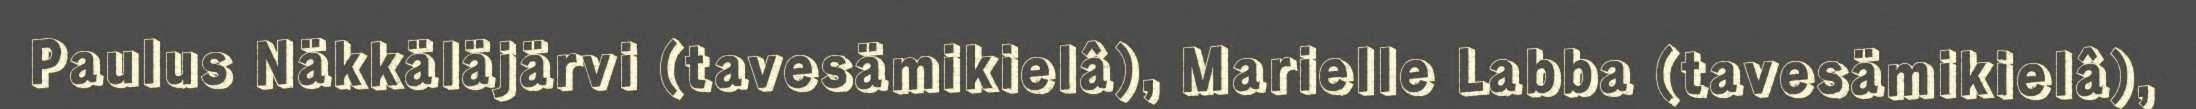
Paulus Näkkäläjärvi (tavesämikielâ), Marielle Labba (tavesämikielâ),